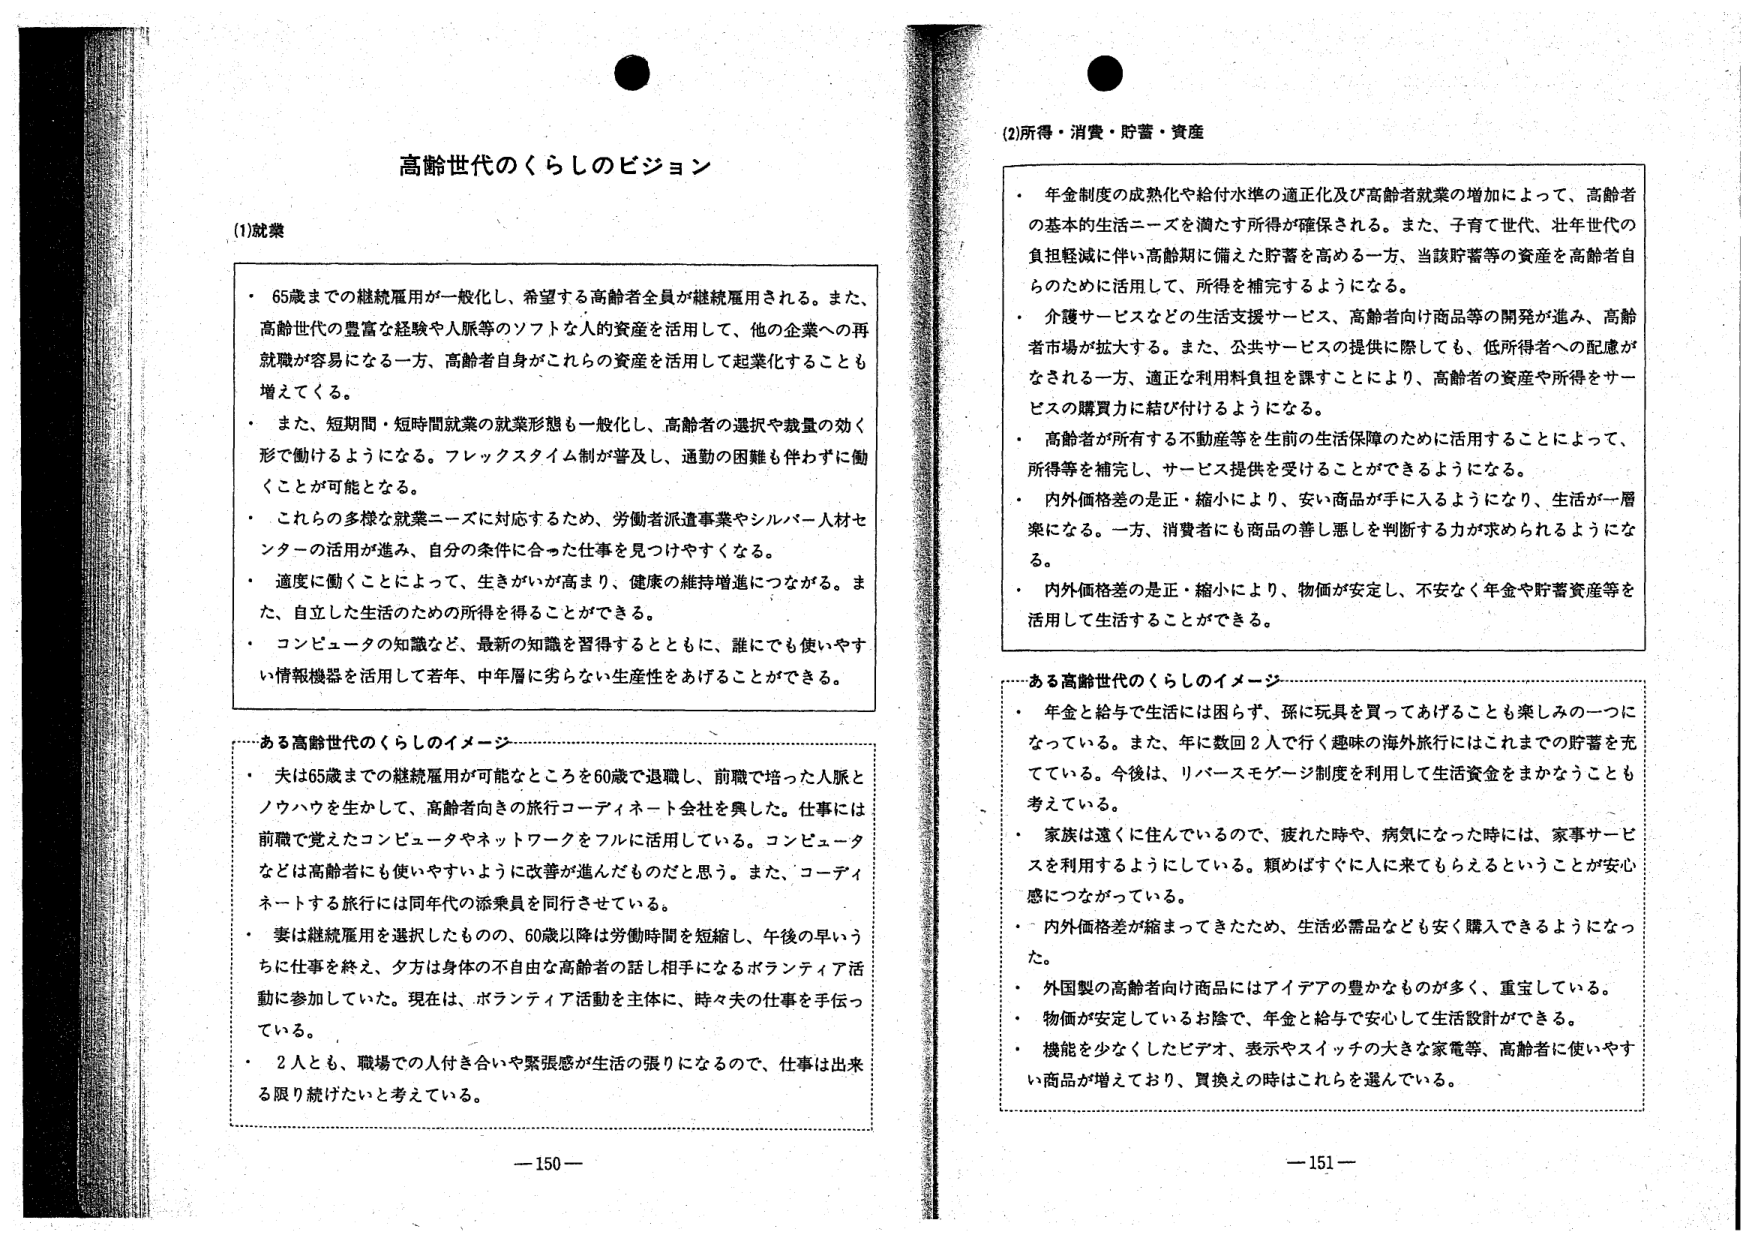
高齢世代のくらしのビジョン

(1)就業
・ 65歳までの継続雇用が一般化し、希望する高齢者全員が継続雇用される。また、高齢世代の豊富な経験や人脈等のソフトな人的資産を活用して、他の企業への再就職が容易になる一方、高齢者自身がこれらの資産を活用して起業化することも増えてくる。
・ また、短期間・短時間就業の就業形態も一般化し、高齢者の選択や裁量の効く形で働けるようになる。フレックスタイム制が普及し、通勤の困難も伴わず働くことが可能となる。
・ これらの多様な就業ニーズに対応するため、労働者派遣事業やシルバー人材センターの活用が進み、自分の条件に合った仕事を見つけやすくなる。
・ 適度に働くことによって、生きがいが高まり、健康の維持増進につながる。また、自立した生活のための所得を得ることができる。
・ コンピュータの知識など、最新の知識を習得するとともに、誰にでも使いやすい情報機器を活用して若年、中年層に劣らない生産性をあげることができる。

――ある高齢世代のくらしのイメージ――
・ 夫は65歳までの継続雇用が可能なところを60歳で退職し、前職で培った人脈とノウハウを生かして、高齢者向きの旅行コーディネート会社を興した。仕事には前職で覚えたコンピュータやネットワークをフルに活用している。コンピュータなどは高齢者にも使いやすいように改善が進んだものだと思う。また、コーディネートする旅行には同年代の添乗員を同行させている。
・ 妻は継続雇用を選択したものの、60歳以降は労働時間を短縮し、午後の早いうちに仕事を終え、夕方は身体の不自由な高齢者の話し相手になるボランティア活動に参加していた。現在は、ボランティア活動を主体に、時々夫の仕事を手伝っている。
・ 2人とも、職場での人付き合いや緊張感が生活の張りになるので、仕事は出来る限り続けたいと考えている。

(2)所得・消費・貯蓄・資産
・ 年金制度の成熟化や給付水準の適正化及び高齢者就業の増加によって、高齢者の基本的生活ニーズを満たす所得が確保される。また、子育て世代、壮年世代の負担軽減に伴い高齢期に備えた貯蓄を高める一方、当該貯蓄等の資産を高齢者自らのために活用して、所得を補完するようになる。
・ 介護サービスなどの生活支援サービス、高齢者向け商品等の開発が進み、高齢者市場が拡大する。また、公共サービスの提供に際しても、低所得者への配慮がなされる一方、適正な利用料負担を課すことにより、高齢者の資産や所得をサービスの購買力に結び付けるようになる。
・ 高齢者が所有する不動産等を生前の生活保障のために活用することによって、所得等を補完し、サービス提供を受けることができるようになる。
・ 内外価格差の是正・縮小により、安い商品が手に入るようにになり、生活が一層楽になる。一方、消費者にも商品の善し悪しを判断する力が求められるようになる。
・ 内外価格差の是正・縮小により、物価が安定し、不安なく年金や貯蓄資産等を活用して生活することができる。

――ある高齢世代のくらしのイメージ――
・ 年金と給与で生活には困らず、孫に玩具を買ってあげることも楽しみの一つになっている。また、年に数回2人で行く趣味の海外旅行にはこれまでの貯蓄を充てている。今後は、リバースモーゲージ制度を利用して生活資金をまかなうことも考えている。
・ 家族は遠くに住んでいるので、疲れた時や、病気になった時には、家事サービスを利用するようにしている。頼めばすぐに人に来てもらえるということが安心感につながっている。
・ 内外価格差が縮まってきたため、生活必需品なども安く購入できるようになった。
・ 外国製の高齢者向け商品にはアイデアの豊かなものが多く、重宝している。
・ 物価が安定しているお陰で、年金と給与で安心して生活設計ができる。
・ 機能を少なくしたビデオ、表示やスイッチの大きな家電等、高齢者に使いやすい商品が増えており、買換えの時はこれらを選んでいる。

―150―
―151―